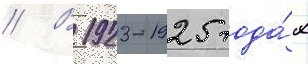
// В 1923-1925 года́х